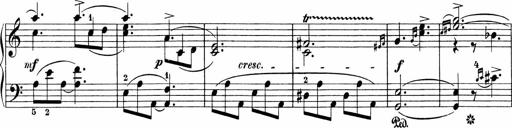
Title: 3 Sonatinas
Composer: Carl Reinecke